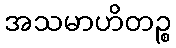
အသမာဟိတဉ္စ